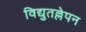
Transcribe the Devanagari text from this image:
विद्युतल्लेपन